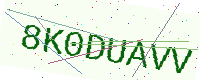
Text: 8K0DUAVV